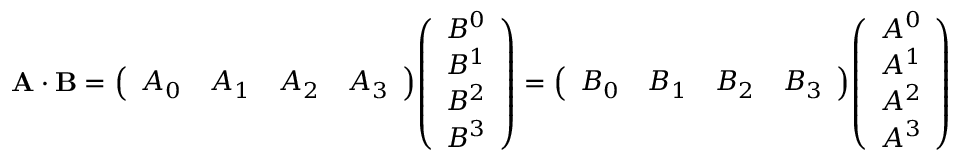
\mathbf { A } \cdot \mathbf { B } = { \left( \begin{array} { l l l l } { A _ { 0 } } & { A _ { 1 } } & { A _ { 2 } } & { A _ { 3 } } \end{array} \right) } { \left( \begin{array} { l } { B ^ { 0 } } \\ { B ^ { 1 } } \\ { B ^ { 2 } } \\ { B ^ { 3 } } \end{array} \right) } = { \left( \begin{array} { l l l l } { B _ { 0 } } & { B _ { 1 } } & { B _ { 2 } } & { B _ { 3 } } \end{array} \right) } { \left( \begin{array} { l } { A ^ { 0 } } \\ { A ^ { 1 } } \\ { A ^ { 2 } } \\ { A ^ { 3 } } \end{array} \right) }